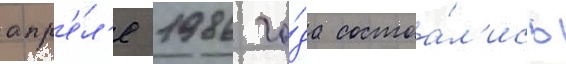
апр'е́л'е 1986 го́да состоа́л'ись